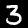
Label: 3